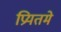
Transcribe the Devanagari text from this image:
प्रियतमे